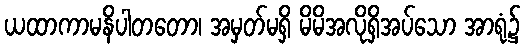
ယထာကာမနိပါတတော၊ အမှတ်မရှိ မိမိအလိုရှိအပ်သော အာရုံ၌